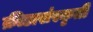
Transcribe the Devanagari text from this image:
क्रीडासंस्कृती